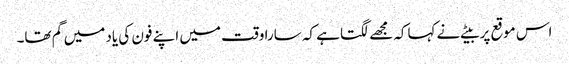
اس موقع پر بیٹے نے کہاکہ مجھے لگتا ہے کہ سارا وقت میں اپنے فون کی یاد میں گم تھا۔